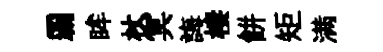
覇眸杖㝠誨棲餅矩满